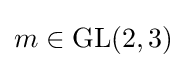
m\in \operatorname {GL} (2,3)